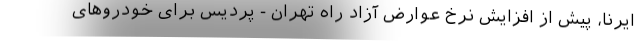
ایرنا، پیش از افزایش نرخ عوارض آزاد راه تهران - پردیس برای خودروهای